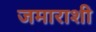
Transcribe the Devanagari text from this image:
जमाराशी